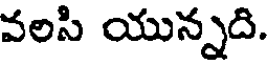
వలసి యున్నది.